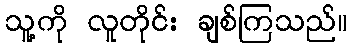
သူ့ကို လူတိုင်း ချစ်ကြသည်။